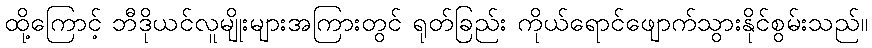
ထို့ကြောင့် ဘီဒိုယင်လူမျိုးများအကြားတွင် ရုတ်ခြည်း ကိုယ်ရောင်ဖျောက်သွားနိုင်စွမ်းသည်။